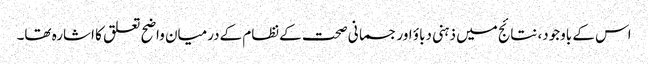
اس کے باوجود، نتائج میں ذہنی دباؤ اور جسمانی صحت کےنظام کےدرمیان واضح تعلق کا اشارہ تھا۔